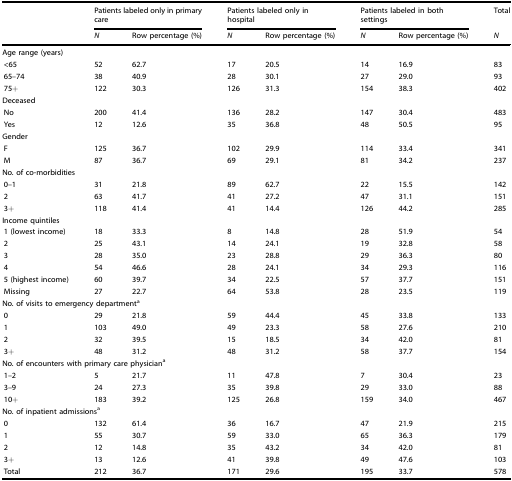
<table><thead><tr><td></td><td colspan="2"><b>Patients labeled only in primary care</b></td><td colspan="2"><b>Patients labeled only in hospital</b></td><td colspan="2"><b>Patients labeled in both settings</b></td><td><b>Total</b></td></tr><tr><td></td><td><b><i>N</i></b></td><td><b>Row percentage (%)</b></td><td><b><i>N</i></b></td><td><b>Row percentage (%)</b></td><td><b><i>N</i></b></td><td><b>Row percentage (%)</b></td><td><b><i>N</i></b></td></tr></thead><tbody><tr><td colspan="8">Age range (years)</td></tr><tr><td> &lt;65</td><td>52</td><td>62.7</td><td>17</td><td>20.5</td><td>14</td><td>16.9</td><td>83</td></tr><tr><td> 65–74</td><td>38</td><td>40.9</td><td>28</td><td>30.1</td><td>27</td><td>29.0</td><td>93</td></tr><tr><td> 75+</td><td>122</td><td>30.3</td><td>126</td><td>31.3</td><td>154</td><td>38.3</td><td>402</td></tr><tr><td colspan="8">Deceased</td></tr><tr><td> No</td><td>200</td><td>41.4</td><td>136</td><td>28.2</td><td>147</td><td>30.4</td><td>483</td></tr><tr><td> Yes</td><td>12</td><td>12.6</td><td>35</td><td>36.8</td><td>48</td><td>50.5</td><td>95</td></tr><tr><td colspan="8">Gender</td></tr><tr><td> F</td><td>125</td><td>36.7</td><td>102</td><td>29.9</td><td>114</td><td>33.4</td><td>341</td></tr><tr><td> M</td><td>87</td><td>36.7</td><td>69</td><td>29.1</td><td>81</td><td>34.2</td><td>237</td></tr><tr><td colspan="8">No. of co-morbidities</td></tr><tr><td> 0–1</td><td>31</td><td>21.8</td><td>89</td><td>62.7</td><td>22</td><td>15.5</td><td>142</td></tr><tr><td> 2</td><td>63</td><td>41.7</td><td>41</td><td>27.2</td><td>47</td><td>31.1</td><td>151</td></tr><tr><td> 3+</td><td>118</td><td>41.4</td><td>41</td><td>14.4</td><td>126</td><td>44.2</td><td>285</td></tr><tr><td colspan="8">Income quintiles</td></tr><tr><td> 1 (lowest income)</td><td>18</td><td>33.3</td><td>8</td><td>14.8</td><td>28</td><td>51.9</td><td>54</td></tr><tr><td> 2</td><td>25</td><td>43.1</td><td>14</td><td>24.1</td><td>19</td><td>32.8</td><td>58</td></tr><tr><td> 3</td><td>28</td><td>35.0</td><td>23</td><td>28.8</td><td>29</td><td>36.3</td><td>80</td></tr><tr><td> 4</td><td>54</td><td>46.6</td><td>28</td><td>24.1</td><td>34</td><td>29.3</td><td>116</td></tr><tr><td> 5 (highest income)</td><td>60</td><td>39.7</td><td>34</td><td>22.5</td><td>57</td><td>37.7</td><td>151</td></tr><tr><td> Missing</td><td>27</td><td>22.7</td><td>64</td><td>53.8</td><td>28</td><td>23.5</td><td>119</td></tr><tr><td colspan="8">No. of visits to emergency department<sup>a</sup></td></tr><tr><td> 0</td><td>29</td><td>21.8</td><td>59</td><td>44.4</td><td>45</td><td>33.8</td><td>133</td></tr><tr><td> 1</td><td>103</td><td>49.0</td><td>49</td><td>23.3</td><td>58</td><td>27.6</td><td>210</td></tr><tr><td> 2</td><td>32</td><td>39.5</td><td>15</td><td>18.5</td><td>34</td><td>42.0</td><td>81</td></tr><tr><td> 3+</td><td>48</td><td>31.2</td><td>48</td><td>31.2</td><td>58</td><td>37.7</td><td>154</td></tr><tr><td colspan="8">No. of encounters with primary care physician<sup>a</sup></td></tr><tr><td> 1–2</td><td>5</td><td>21.7</td><td>11</td><td>47.8</td><td>7</td><td>30.4</td><td>23</td></tr><tr><td> 3–9</td><td>24</td><td>27.3</td><td>35</td><td>39.8</td><td>29</td><td>33.0</td><td>88</td></tr><tr><td> 10+</td><td>183</td><td>39.2</td><td>125</td><td>26.8</td><td>159</td><td>34.0</td><td>467</td></tr><tr><td colspan="8">No. of inpatient admissions<sup>a</sup></td></tr><tr><td> 0</td><td>132</td><td>61.4</td><td>36</td><td>16.7</td><td>47</td><td>21.9</td><td>215</td></tr><tr><td> 1</td><td>55</td><td>30.7</td><td>59</td><td>33.0</td><td>65</td><td>36.3</td><td>179</td></tr><tr><td> 2</td><td>12</td><td>14.8</td><td>35</td><td>43.2</td><td>34</td><td>42.0</td><td>81</td></tr><tr><td> 3+</td><td>13</td><td>12.6</td><td>41</td><td>39.8</td><td>49</td><td>47.6</td><td>103</td></tr><tr><td> Total</td><td>212</td><td>36.7</td><td>171</td><td>29.6</td><td>195</td><td>33.7</td><td>578</td></tr></tbody></table>